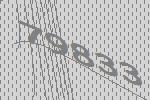
79833